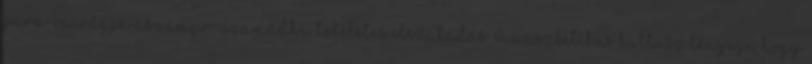
para-vairágja aszampr.-szamádhi: tökéletes elszakadás Az aszketikus kultusz lényege, hogy